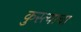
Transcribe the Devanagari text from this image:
कुस्त्याचा